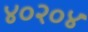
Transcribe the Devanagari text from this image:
४०२०४